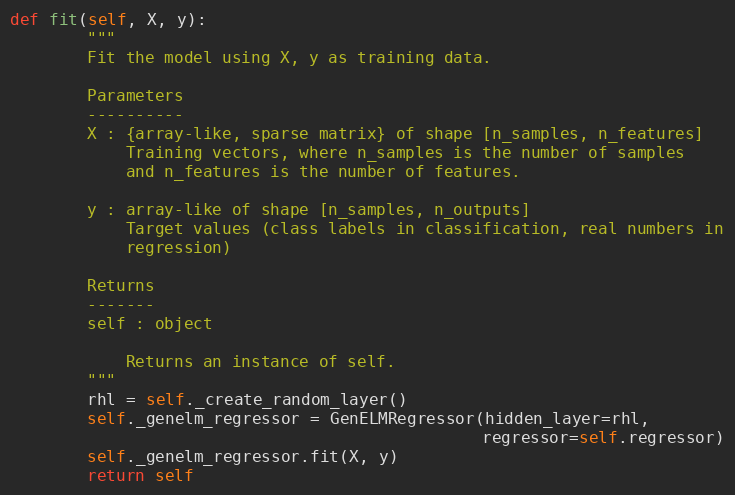
Language: Python
def fit(self, X, y):
        """
        Fit the model using X, y as training data.

        Parameters
        ----------
        X : {array-like, sparse matrix} of shape [n_samples, n_features]
            Training vectors, where n_samples is the number of samples
            and n_features is the number of features.

        y : array-like of shape [n_samples, n_outputs]
            Target values (class labels in classification, real numbers in
            regression)

        Returns
        -------
        self : object

            Returns an instance of self.
        """
        rhl = self._create_random_layer()
        self._genelm_regressor = GenELMRegressor(hidden_layer=rhl,
                                                 regressor=self.regressor)
        self._genelm_regressor.fit(X, y)
        return self